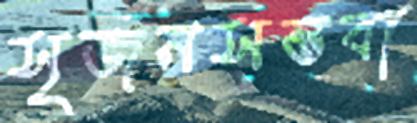
সৃজনসম্ভবা